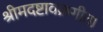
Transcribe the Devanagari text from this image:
श्रीमदष्टावक्रगीता